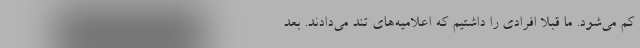
کم می‌شود. ما قبلا افرادی را داشتیم که اعلامیه‌های تند می‌دادند. بعد